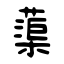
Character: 蕖